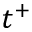
t ^ { + }